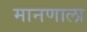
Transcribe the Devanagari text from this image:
मानणाला